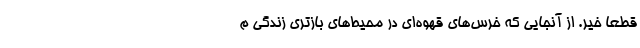
قطعا خیر. از آنجایی که خرس‌های قهوه‌ای در محیط‌های بازتری زندگی م